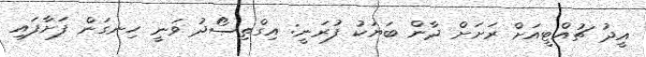
އީދު ޗުއްޓީއަށް ރަށަށް ދާން ބަޔަކު ފުރަނީ: އިގްތިސޯދު ވަނީ ހިނގަން ފަށާފައި